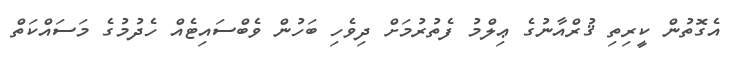
އެގޮތުން ކީރިތި ޤުރްއާނުގެ ޢިލްމު ފެތުރުމަށް ދިވެހި ބަހުން ވެބްސައިޓެއް ހެދުމުގެ މަސައްކަތް